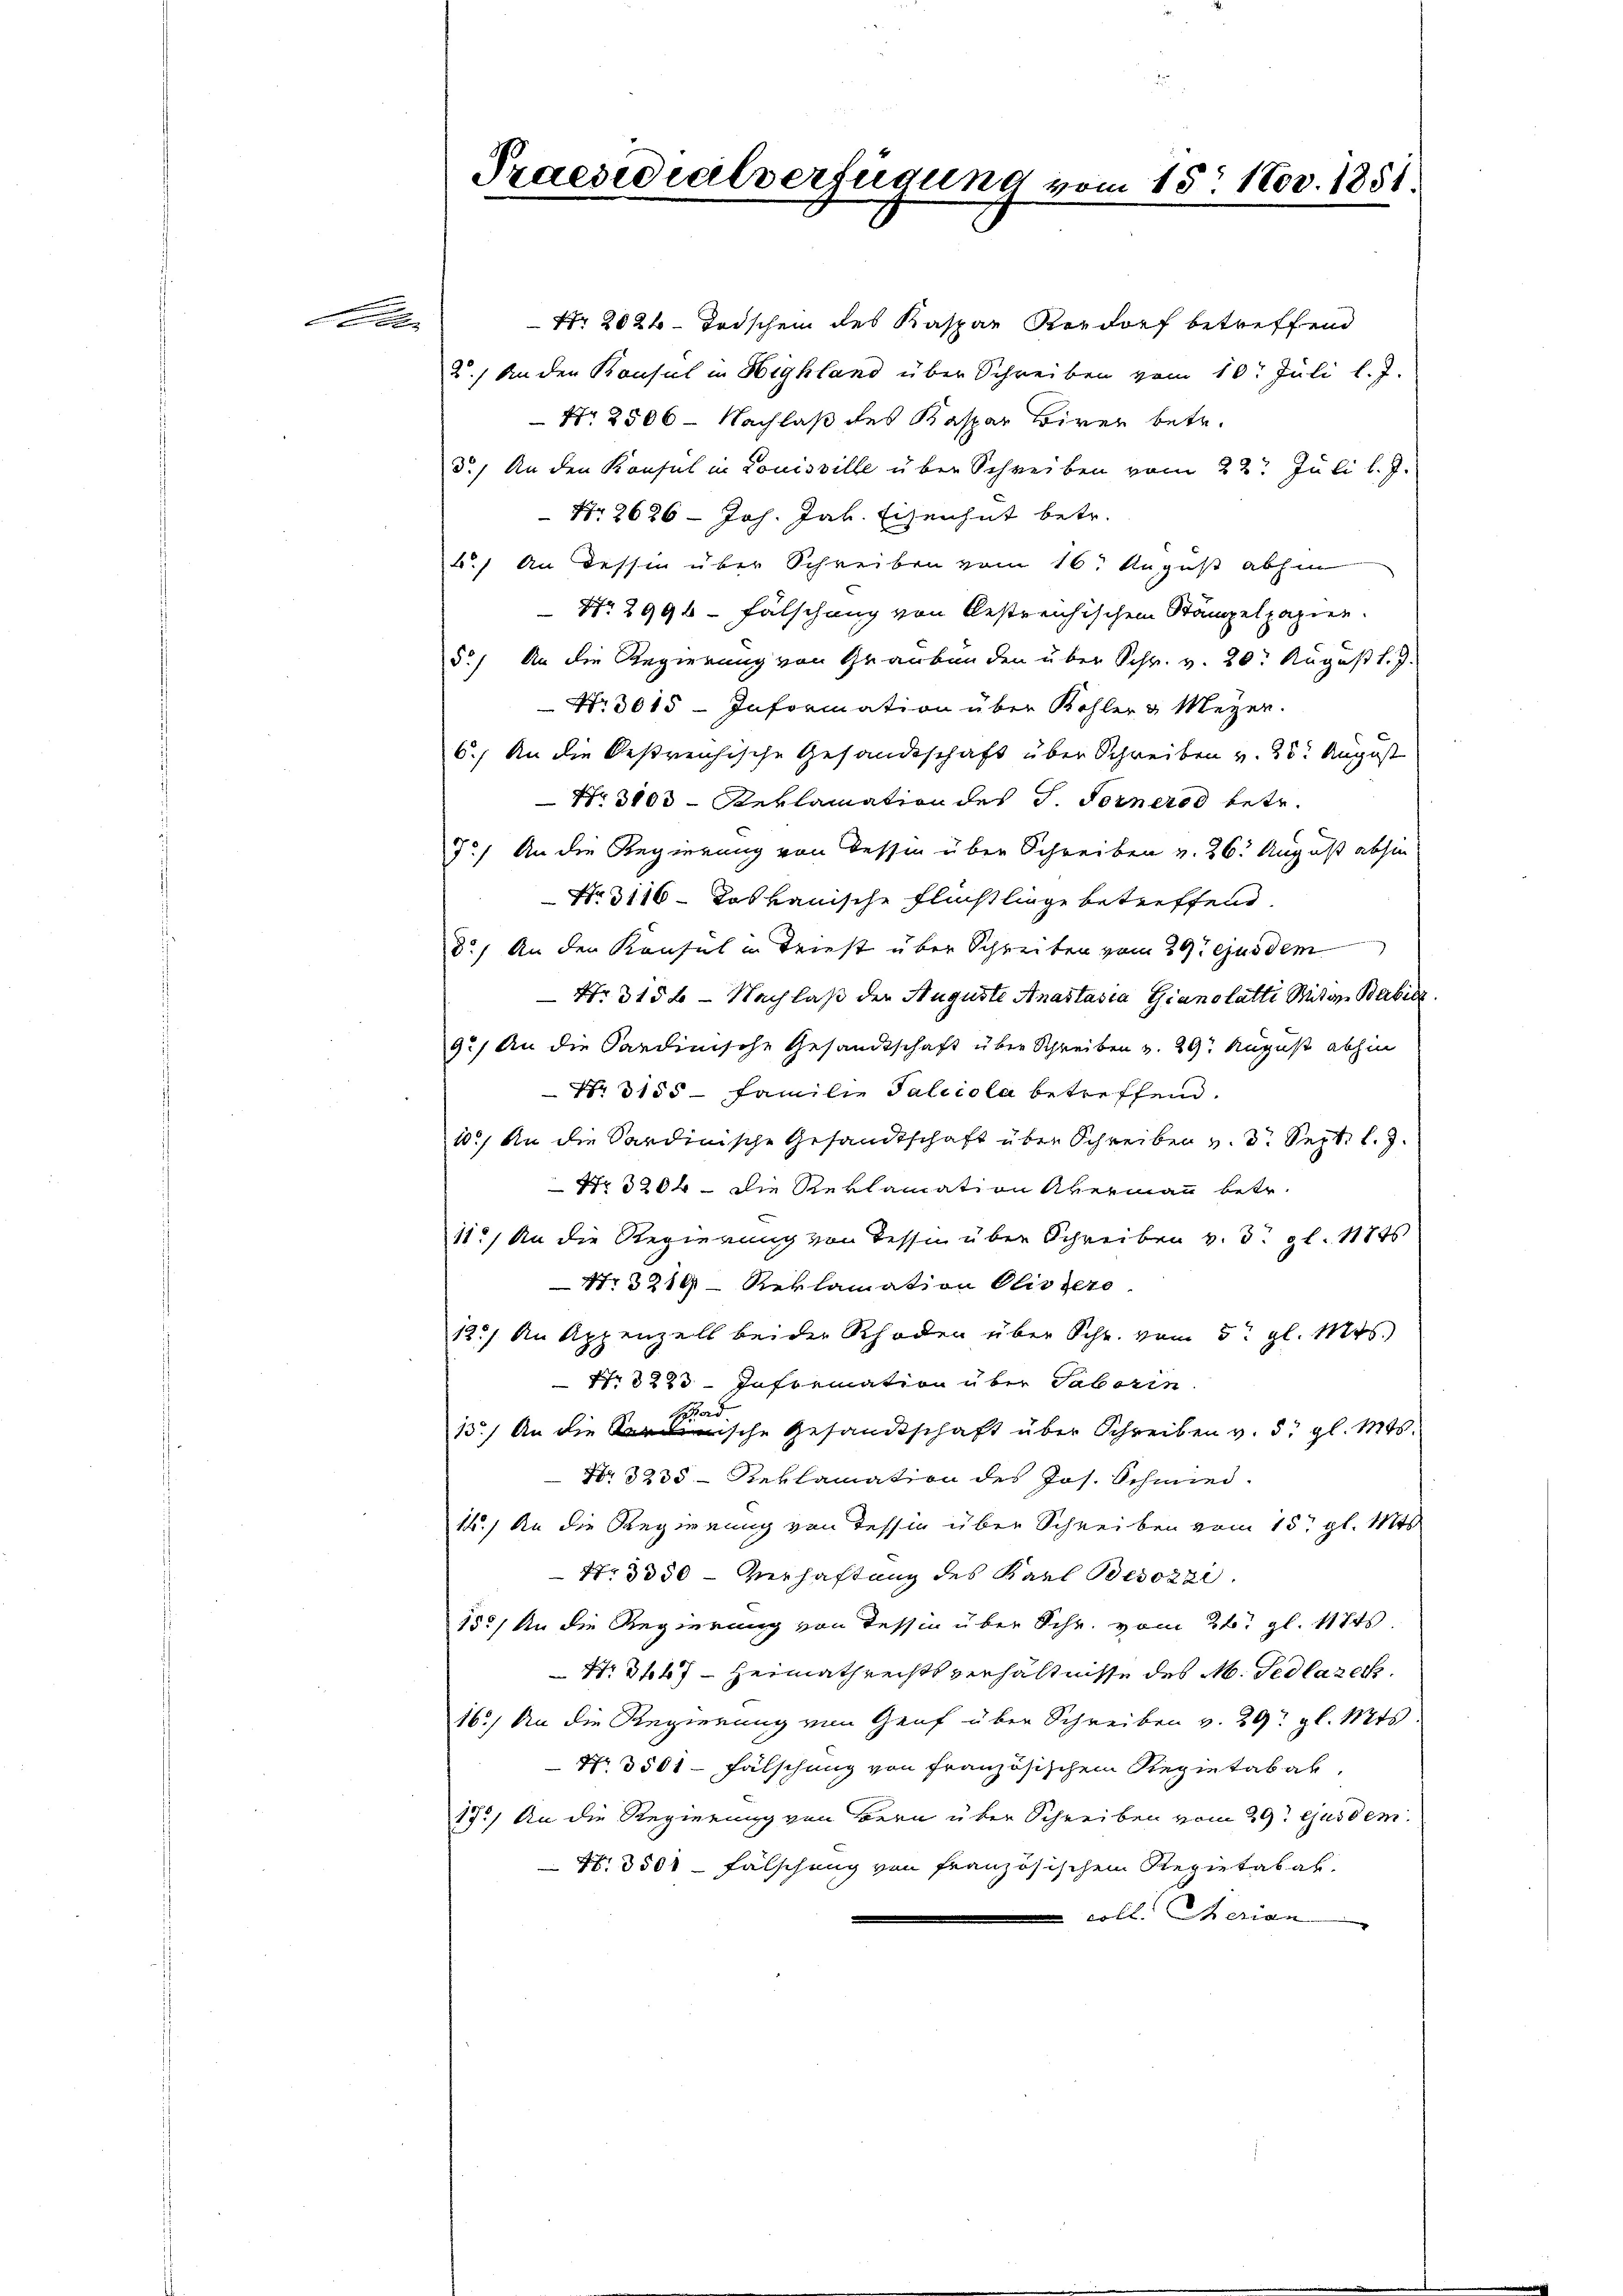
de

d

Praesidialverfügung vom 15. 1803. 1851

Nr. 2020. Todschen des Kaspar Rordorf betreffend
2.) An den Konsul in Highland über Schreiben vom 10. Juli l. J.
Nr. 2506 - Nachlaß des Kaspar Birer betr.
3.) An den Konsul in Louisville über Schreiben vom 22. Juli l. J.
 Nr. 2626 - Joh. Jak. Eisenhat betr.
.) An dessen über Schreiben vom 16t August abhin
No. 2996 - Fälschung von bestreichischen Stämpelpapier.
5.) An die Regierung von Graubünden über Schr. v. 20. August l. J.
 No 3015 - Information über Kohler & Meyer.
6.) An die Oestreichische Gesandtschaft über Schreiben v. 23t August
Nr. 3100 - Reklamation des J. Fernerod betr.
7.) An die Regierung von dessen über Schreiben v. 26. August abhin
No. 3116–Koskanische Flüchtlinge betreffend
d.) An der Konsul in Triest über Schreiben vom 29. ejusdem
Nr. 315 f - Nachlaß der Auguste Anastasia Gianolatti Mitwe Berbeck.
9.) An die Sardinische Gesandtschaft über Schreiben v. 29 August abhin
Nr. 3155- Familie Falciola betreffend.
10.) An die Sardinische Gesandtschaft über Schreiben v. 3. Sept. l. J.
Nr 3204. Die Reklamation vermann betr.
11.) An die Regierung von Tessin über Schreiben v. 3. gl. 11746
Nr. 3219 - Reklamation Olissere
12.) An Appenzell beider Rhoden über Schr. vom 5. gl. Mts.
Nr 3228 - Information über Taborin
13.) An die Fische Gesandtschaft über Schreiben v. 5. gl. Mts.
Nr. 3235. - Reklamation des Jos. Schmied.
14.) An die Regierung von Tessin über Schreiben vom 15. gl. Mts
No 3350 - Verhaftung des Karl Besozzi
15.) An die Regierung von Tessin über Schr. vom 26. gl. 11745.
Nr. 3447 - Heimathrechtsverhältnisse des M. Pedlazec
16.) An die Regierung von Genf über Schreiben v. 29. gl. Mts.
Nr. 3501- Fälschung von Französischem Regietabak,
17.) An die Regierung von Bern über Schreiben vom 29t ejusdem
Nr. 3501 - Fälschung von französischen Regietatal
coll. Merian